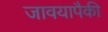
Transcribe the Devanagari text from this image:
जावयापैकी